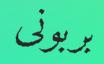
بربونى